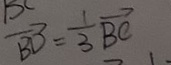
\overrightarrow { B D } = \frac { 1 } { 3 } \overrightarrow { B C }